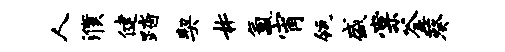
人濮健踏契#氲宵瓴盛棠釜葵